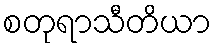
စတုရာသီတိယာ